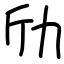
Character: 劤